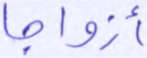
أزواجا